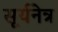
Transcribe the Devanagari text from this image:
सूर्यनेत्र